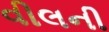
વીલની